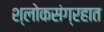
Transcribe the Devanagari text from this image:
श्लोकसंग्रहात